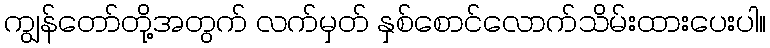
ကျွန်တော်တို့အတွက် လက်မှတ် နှစ်စောင်လောက်သိမ်းထားပေးပါ။